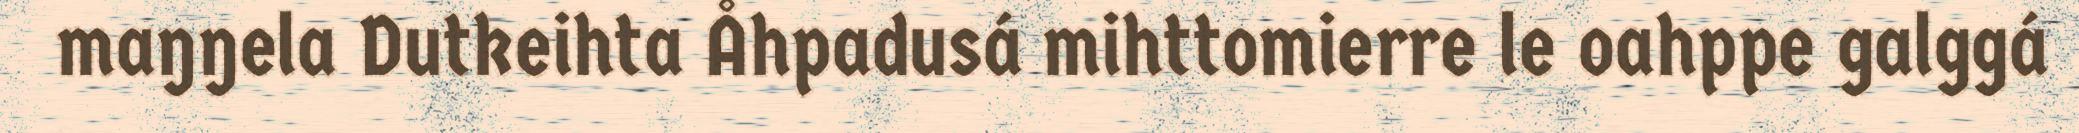
maŋŋela Dutkeihta Åhpadusá mihttomierre le oahppe galggá